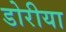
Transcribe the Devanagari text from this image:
डोरीया